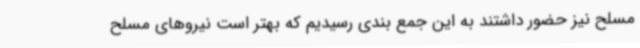
مسلح نیز حضور داشتند به این جمع بندی رسیدیم که بهتر است نیروهای مسلح